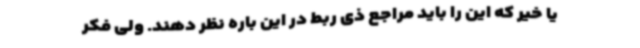
یا خیر که این را باید مراجع ذی ربط در این باره نظر دهند. ولی فکر